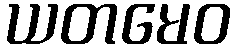
ယတမေဝ